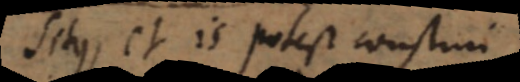
situs, et is potest construi.